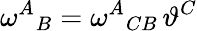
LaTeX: \omega^{A}{}_{B}=\omega^{A}{}_{CB}\, \vartheta^{C}